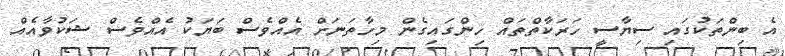
އެ ބިންތަކުގައި ސިޔާސީ ހަރަކާތްތައް ހިންގައިގެން މިހާތަނަށް އެއްވެސް ބަޔަކު އެއްވެސް ޝަކުވާއެއް